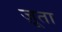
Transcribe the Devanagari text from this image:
ज़ूता